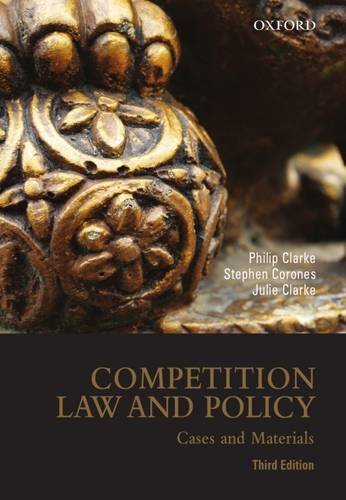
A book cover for Competition Law and Policy: Cases and Materials, 3rd edition; Philip Clarke; Law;